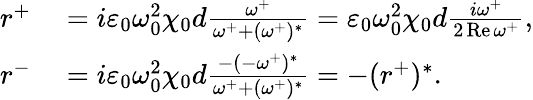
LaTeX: \begin{array}{rl}{r^{+}}&{{}=i\varepsilon_{0}\omega_{0}^{2}\chi_{0}d\frac{\omega^{+}}{\omega^{+}+(\omega^{+})^{*}}=\varepsilon_{0}\omega_{0}^{2}\chi_{0}d\frac{i\omega^{+}}{2\operatorname{Re}\omega^{+}},}\\ {r^{-}}&{{}=i\varepsilon_{0}\omega_{0}^{2}\chi_{0}d\frac{-(-\omega^{+})^{*}}{\omega^{+}+(\omega^{+})^{*}}=-(r^{+})^{*}.}\end{array}